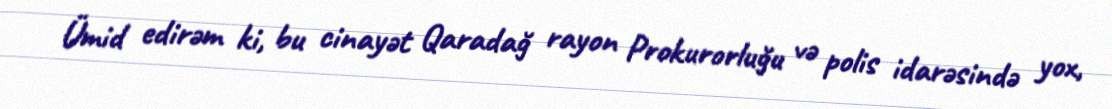
Ümid edirəm ki, bu cinayət Qaradağ rayon Prokurorluğu və polis idarəsində yox,